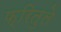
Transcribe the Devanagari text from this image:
फ्रितुले